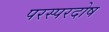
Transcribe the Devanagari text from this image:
परस्परदोष